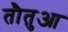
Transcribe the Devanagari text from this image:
तौतुआ